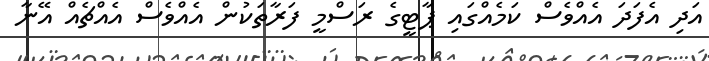
އަދި އެފަދަ އެއްވެސް ކަމެއްގައި ޕާޓީގެ ރަސްމީ ފަރާތަކުން އެއްވެސް އެއްޗެއް އޭނާ